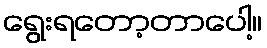
ရွေးရတော့တာပေါ့။